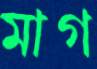
মাগ